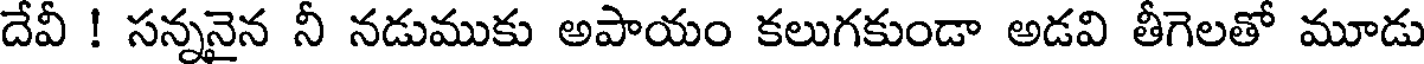
దేవీ ! సన్ననైన నీ నడుముకు అపాయం కలుగకుండా అడవి తీగెలతో మూడు